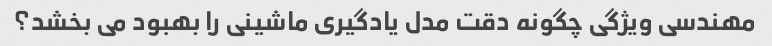
مهندسی ویژگی چگونه دقت مدل یادگیری ماشینی را بهبود می بخشد؟